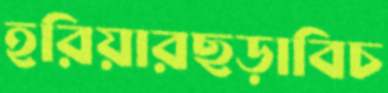
হরিয়ারছড়াবিচ